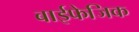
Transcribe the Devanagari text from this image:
बाईफेजिक